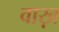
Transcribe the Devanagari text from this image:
वाख़